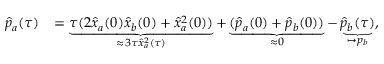
\begin{array} { r l } { \hat { p } _ { a } ( \tau ) } & { = \underbrace { \tau ( 2 \hat { x } _ { a } ( 0 ) \hat { x } _ { b } ( 0 ) + \hat { x } _ { a } ^ { 2 } ( 0 ) ) } _ { \approx 3 \tau \hat { x } _ { a } ^ { 2 } ( \tau ) } + \underbrace { ( \hat { p } _ { a } ( 0 ) + \hat { p } _ { b } ( 0 ) ) } _ { \approx 0 } - \underbrace { \hat { p } _ { b } ( \tau ) } _ { \mapsto p _ { b } } , } \end{array}